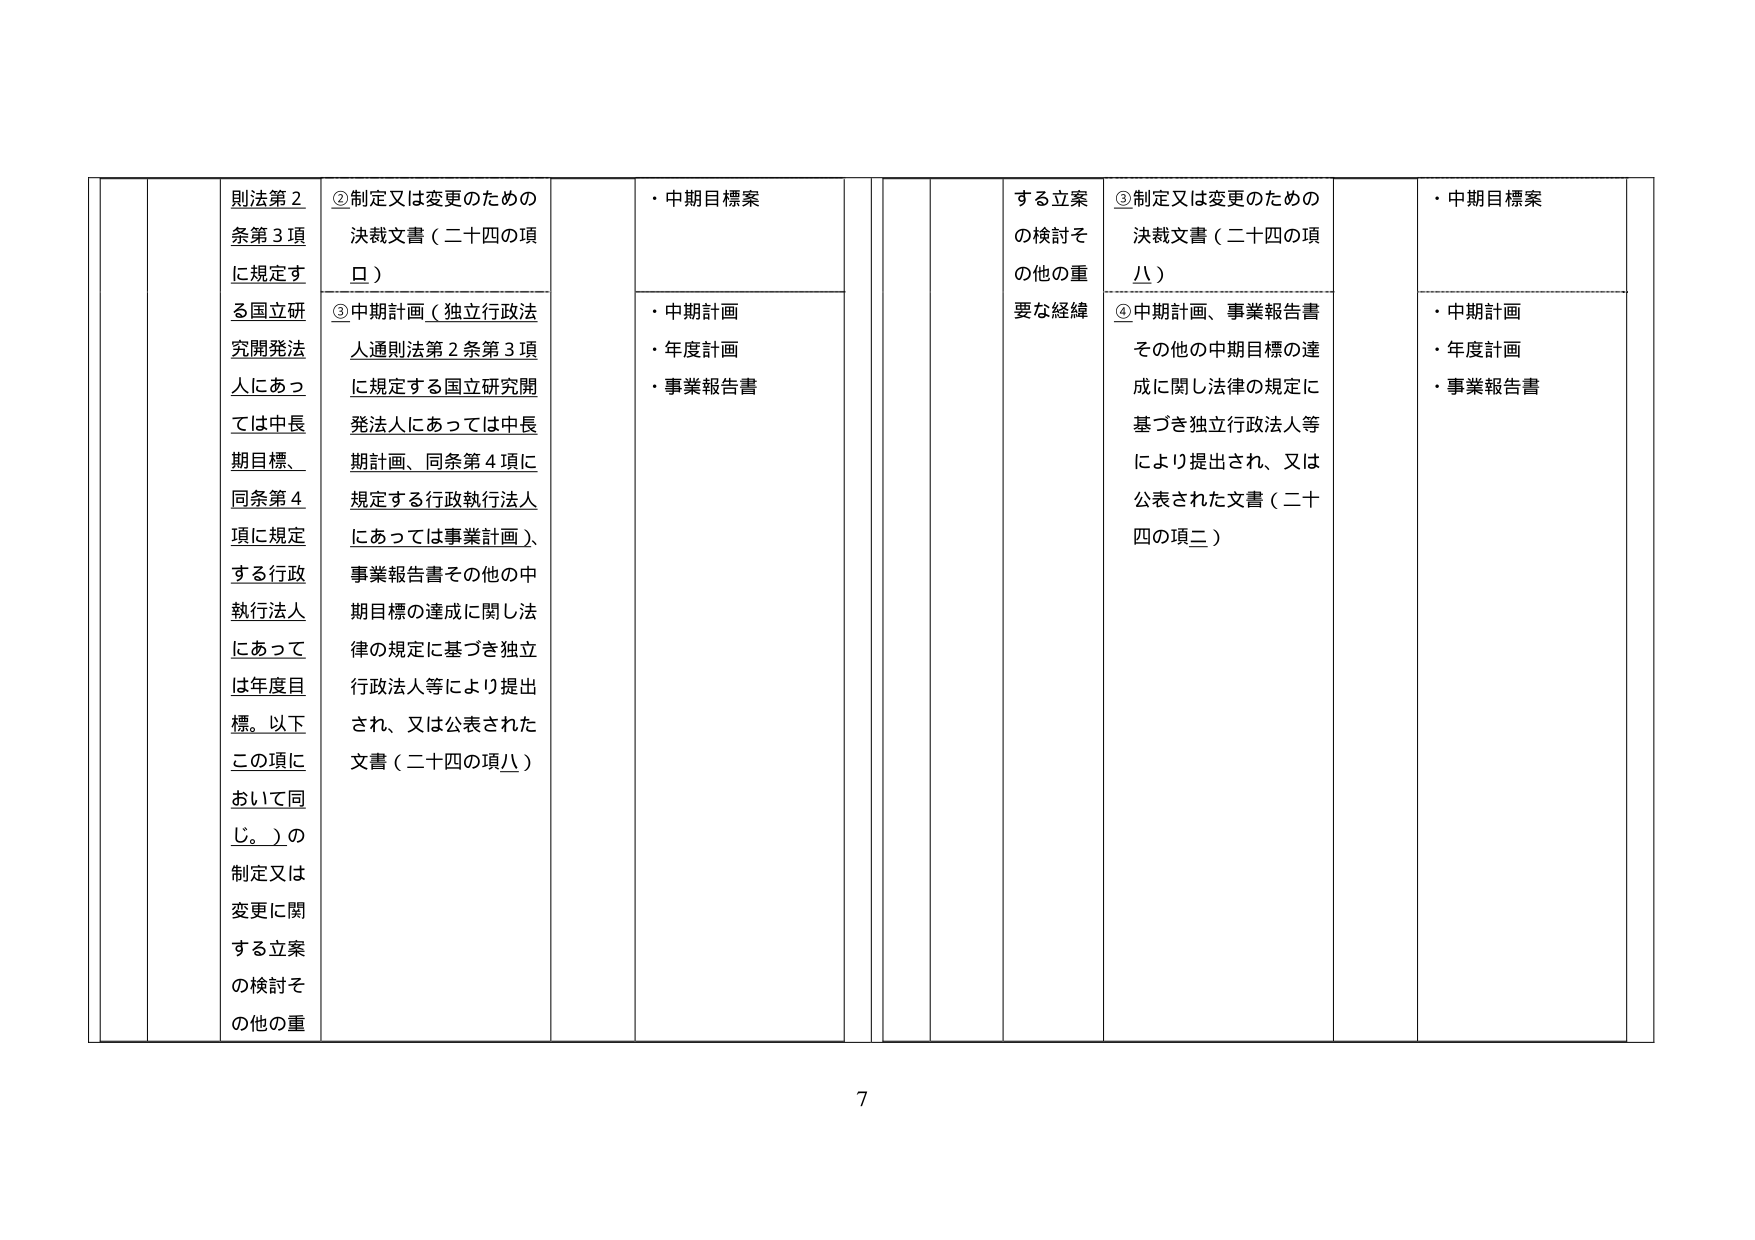
則法第２条第３項に規定する国立研究開発法人にあっては中長期目標、同条第４項に規定する行政執行法人にあっては年度目標。以下この項において同じ。）の制定又は変更に関する立案の検討その他の重
②制定又は変更のための決裁文書（二十四の項ロ）
③中期計画（独立行政法人通則法第２条第３項に規定する国立研究開発法人にあっては中長期計画、同条第４項に規定する行政執行法人にあっては事業計画）、事業報告書その他の中期目標の達成に関し法律の規定に基づき独立行政法人等により提出され、又は公表された文書（二十四の項ハ）
・中期目標案
・中期計画
・年度計画
・事業報告書
する立案の検討その他の重要な経緯
③制定又は変更のための決裁文書（二十四の項ハ）
④中期計画、事業報告書その他の中期目標の達成に関し法律の規定に基づき独立行政法人等により提出され、又は公表された文書（二十四の項ニ）
・中期目標案
・中期計画
・年度計画
・事業報告書
7